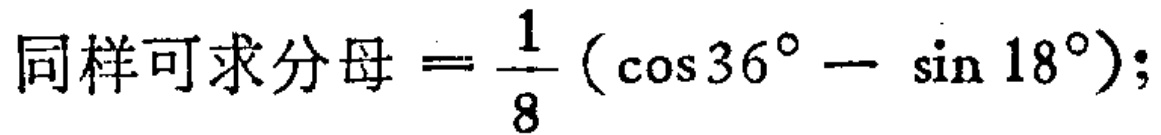
同样可求分母=\(\frac{1}{8}(\cos 36^{\circ}-\sin 18^{\circ})\);